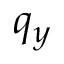
q _ { y }